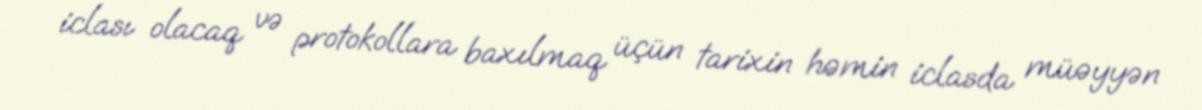
iclası olacaq və protokollara baxılmaq üçün tarixin həmin iclasda müəyyən